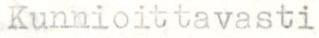
Kunnioittavasti